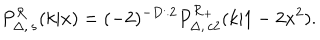
P _ { \Delta , \, s } ^ { \cal R } ( k | x ) = ( - 2 ) ^ { - D / 2 } P _ { \Delta , \, c 2 } ^ { \cal R _ { + } } ( k | 1 - 2 x ^ { 2 } ) .